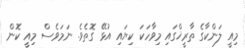
މިއީ ލަންކާގެ ތާރީޚްގައި މިވާހަކަ ކިޔައި އުޅޭ ގޮތެވެ. ނަމަވެސް މިއީ ކޮން